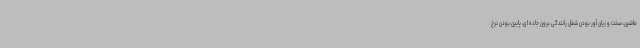
ماشین، سخت و زیان آور بودن شغل رانندگی برون جاده ای، پایین بودن نرخ